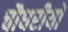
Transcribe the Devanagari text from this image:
चौधरीयों